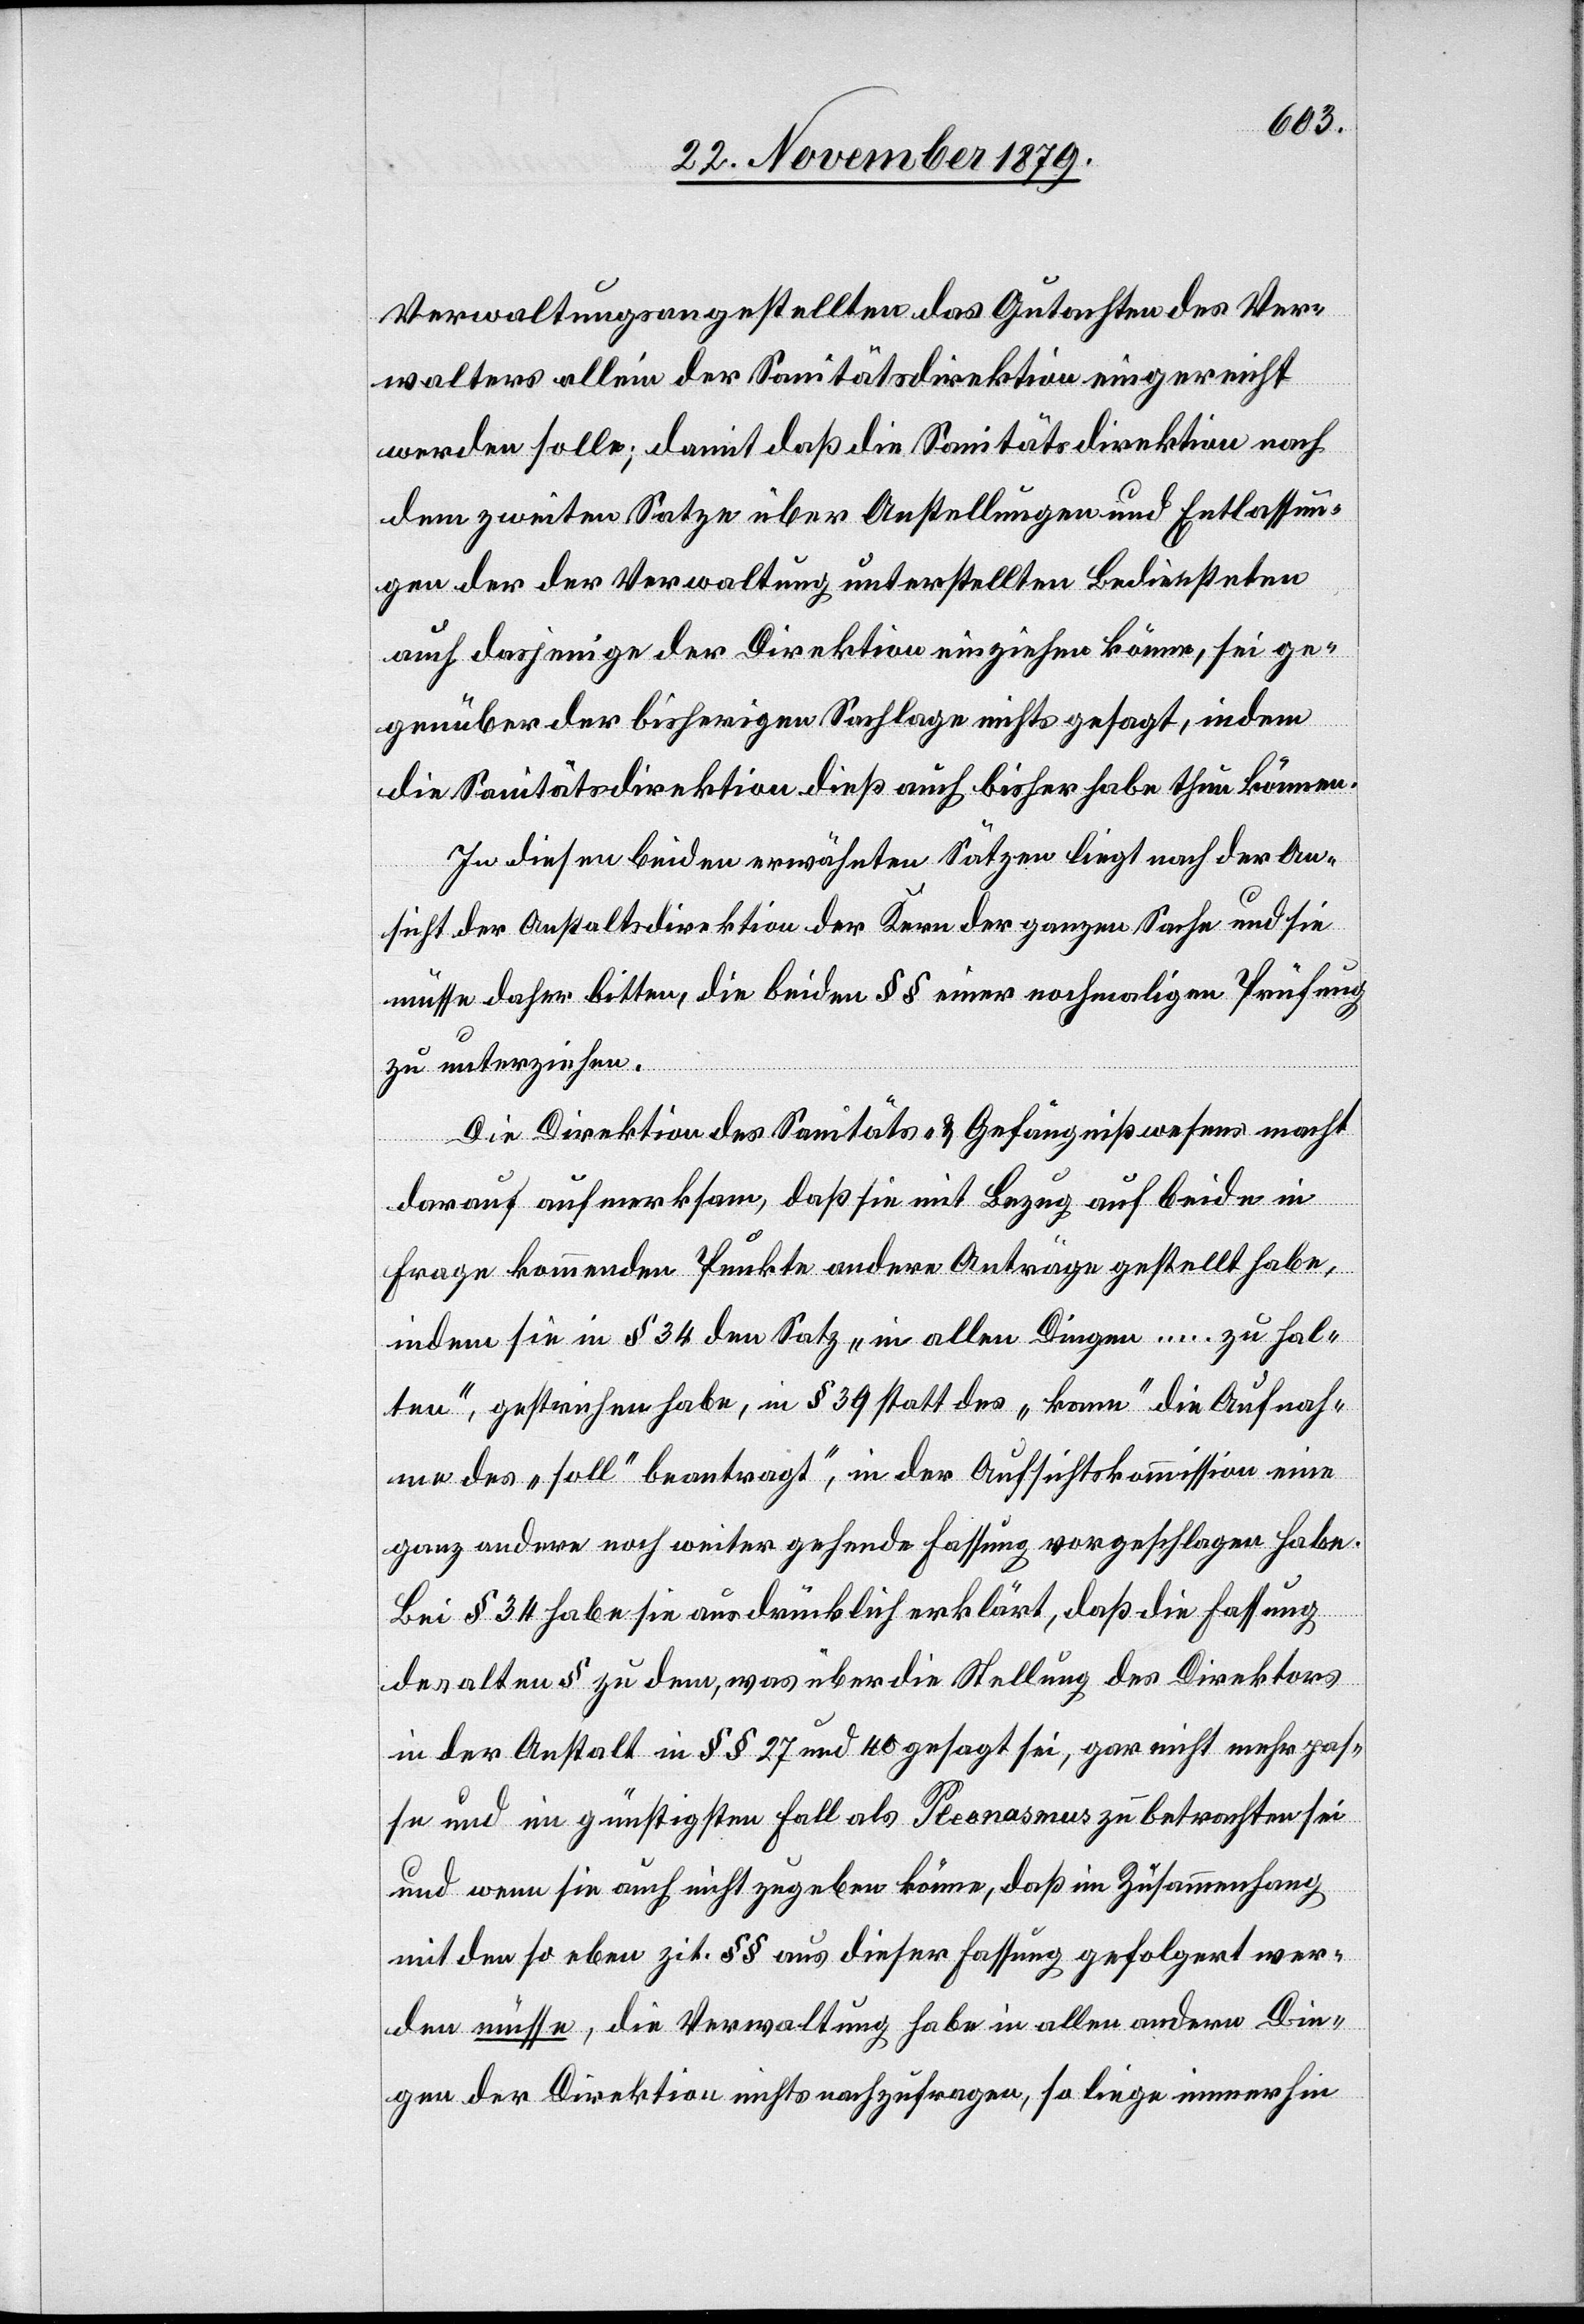
Verwaltungsangestellten das Gutachten des Ver¬
walters allein der Sanitätsdirektion eingereicht
werden solle; damit daß die Sanitätsdirektion nach
dem zweiten Satze über Anstellungen und Entlassun¬
gen der der Verwaltung unterstellten Bediensteten
auch dasjenige der Direktion einziehen könne, sei ge¬
genüber der bisherigen Sachlage nichts gesagt, indem
die Sanitätsdirektion dieß auch bisher habe thun können.
In diesen beiden erwähnten Sätzen liegt nach der An¬
sicht der Anstaltsdirektion der Kern der ganzen Sache und sie
müsse daher bitten, die beiden §§ einer nochmaligen Prüfung
zu unterziehen.
Die Direktion des Sanitäts- & Gefängnißwesens macht
darauf aufmerksam daß sie mit Bezug auf beide in
Frage kommenden Punkte andere Anträge gestellt habe,
indem sie in § 34 den Satz „in allen Dingen…zu hal¬
ten“ gestrichen habe, in § 39 statt des „kann“ die Aufnah¬
me des „soll“ beantragt“ [sic!], in der Aufsichtskommission eine
ganz andere noch weiter gehende Fassung vorgeschlagen habe.
Bei § 34 habe sie ausdrücklich erklärt, daß die Fassung
des alten § zu dem, was über die Stellung des Direktors
in der Anstalt in §§ 27 und 40 gesagt sei, gar nicht mehr pas¬
se und im günstigsten Fall als Pleonasmus zu betrachten sei
und wenn sie auch nicht zugeben könne, daß im Zusammenhang
mit den so eben zit. §§ aus dieser Fassung gefolgert wer¬
den müsse, die Verwaltung habe in allen andern Din¬
gen der Direktion nichts nachzufragen, so liege immerhin